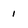
Character: 1